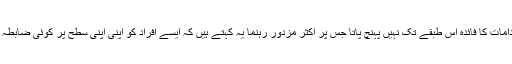
حکومت کی طرف سے کیے جانے والے بہت سے اقدامات کا فائدہ اس طبقے تک نہیں پہنچ پاتا جس پر اکثر مزدور رہنما یہ کہتے ہیں کہ ایسے افراد کو اپنی اپنی سطح پر کوئی ضابطہ طے کرنا چاہیے تاکہ ان کے حقوق پامال نہ ہوسکیں۔